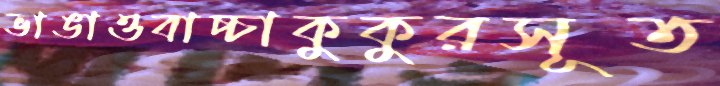
ভাঙাওবাচ্চাকুকুরসূত